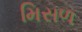
મિસળ